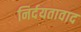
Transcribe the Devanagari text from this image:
निर्दयतावाद